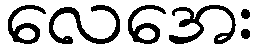
လေအေး